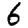
Digit: 6